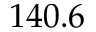
1 4 0 . 6